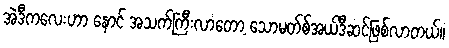
အဲဒီကလေးဟာ နောင် အသက်ကြီးလာတော့ သောမတ်စ်အယ်ဒီဆင်ဖြစ်လာတယ်။